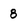
Character: 8